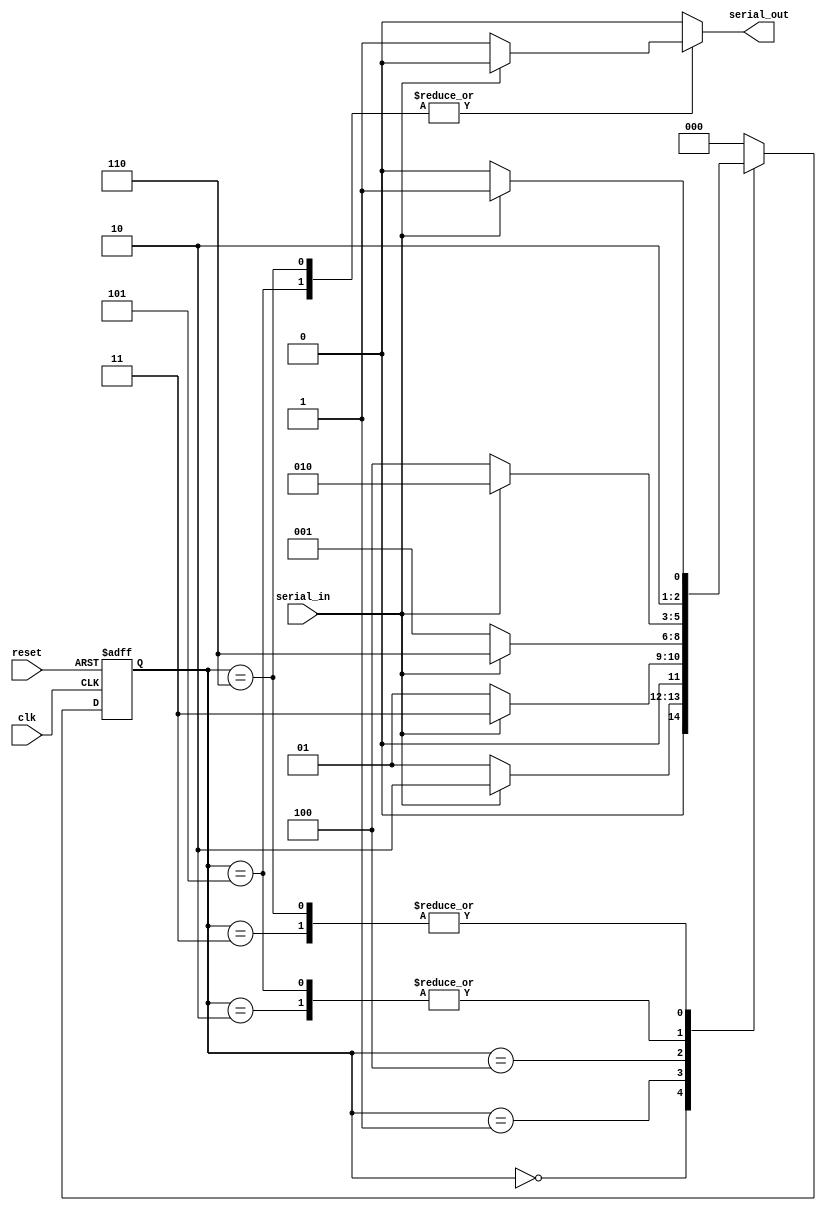
module seqdet(serial_in, reset, clk, serial_out);
    input serial_in, clk, reset;
    output reg serial_out;

parameter s0 =0, s1 =1, s2 =2,s3 =3,s4 =4,s5 =5,s6 =6;
reg [2:0] PS, NS;

always @(posedge clk or posedge reset) begin
  if (reset) begin
    PS<=s0;
  end
  else PS<=NS;

end

always @(*) begin
  case (PS)
        s0: begin
            NS=serial_in?s2:s1;
            serial_out=0;          
        end
        s1: begin
            NS=serial_in?s3:s1;
            serial_out=0;          
        end
        s2: begin
            NS=serial_in?s2:s4;
            serial_out=0;          
        end
        s3: begin
            NS=serial_in?s5:s4;
            serial_out=0;          
        end
        s4: begin
            NS=serial_in?s6:s1;
            serial_out=0;          
        end
        s5: begin
            NS=serial_in?s2:s4;
            serial_out=serial_in?0:1;          
        end
        s6: begin
            NS=serial_in?s5:s4;
            serial_out=serial_in?0:1;          
        end
        
        default: begin
          NS=s0;
          serial_out=0;
        end

  endcase

end
endmodule